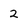
Character: 2